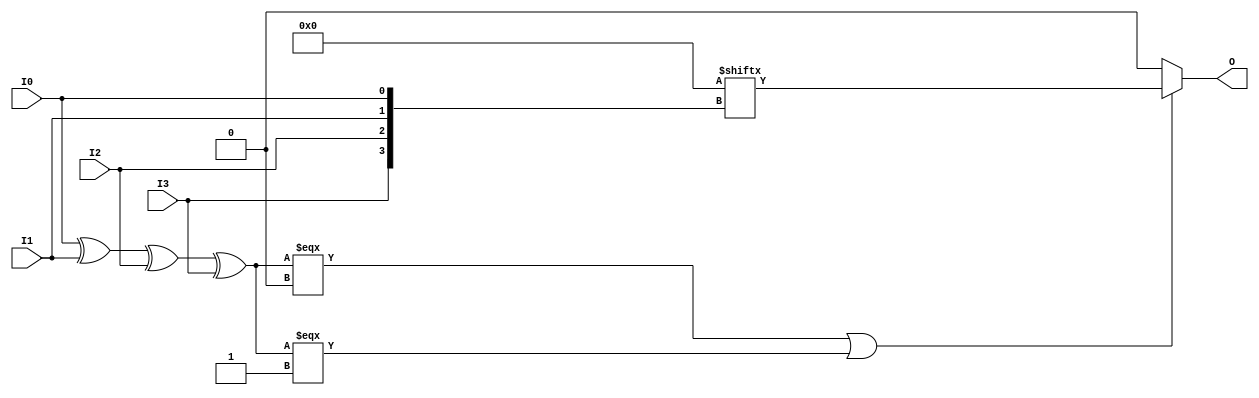
///////////////////////////////////////////////////////////////////////////////
// Copyright (c) 1995/2016 Xilinx, Inc.
// All Right Reserved.
///////////////////////////////////////////////////////////////////////////////
//   ____  ____
//  /   /\/   /
// /___/  \  /    Vendor      : Xilinx
// \   \   \/     Version     : 2017.1
//  \   \         Description : Xilinx Unified Simulation Library Component
//  /   /                  4-Bit Look-Up Table
// /___/   /\     Filename : LUT4.v
// \   \  /  \
//  \___\/\___\
//
///////////////////////////////////////////////////////////////////////////////
//  Revision:
//    03/23/04 - Initial version.
//    02/04/05 - Replace primitive with function; Remove buf.
//    03/11/05 - Add LOC Parameter
//    06/04/07 - Add wire declaration to internal signal.
//    12/13/11 - 524859 - Added `celldefine and `endcelldefine
//    09/12/16 - ANSI ports, speed improvements
//  End Revision:
///////////////////////////////////////////////////////////////////////////////

`timescale 1 ps/1 ps

`celldefine

module LUT4 #(
`ifdef XIL_TIMING
  parameter LOC = "UNPLACED",
`endif
  parameter [15:0] INIT = 16'h0000
)(
  output O,

  input I0,
  input I1,
  input I2,
  input I3
);

// define constants
  localparam MODULE_NAME = "LUT4";

  reg trig_attr = 1'b0;
// include dynamic registers - XILINX test only
`ifdef XIL_DR
  `include "LUT4_dr.v"
`else
  reg [15:0] INIT_REG = INIT;
`endif

// begin behavioral model

  reg O_out;

  assign O = O_out;

  function lut_mux4_f;
  input [3:0] d;
  input [1:0] s;
  begin
    if (((s[1]^s[0]) === 1'b1) || ((s[1]^s[0]) === 1'b0))
      lut_mux4_f = d[s];
    else if ( ~(|d) || &d)
      lut_mux4_f = d[0];
    else if (((s[0] === 1'b1) || (s[0] === 1'b0)) && (d[{1'b0,s[0]}] === d[{1'b1,s[0]}]))
      lut_mux4_f = d[{1'b0,s[0]}];
    else if (((s[1] === 1'b1) || (s[1] === 1'b0)) && (d[{s[1],1'b0}] === d[{s[1],1'b1}]))
      lut_mux4_f = d[{s[1],1'b0}];
    else
      lut_mux4_f = 1'bx;
  end
  endfunction

 always @(I0 or I1 or I2 or I3)  begin
   if ( (I0 ^ I1  ^ I2 ^ I3) === 1'b0 || (I0 ^ I1  ^ I2 ^ I3) === 1'b1)
    O_out = INIT_REG[{I3, I2, I1, I0}];
   else if ( ~(|INIT_REG) || &INIT_REG )
    O_out = INIT_REG[0];
   else
    O_out = lut_mux4_f ({lut_mux4_f (INIT_REG[15:12], {I1, I0}),
                     lut_mux4_f ( INIT_REG[11:8], {I1, I0}),
                     lut_mux4_f (  INIT_REG[7:4], {I1, I0}),
                     lut_mux4_f (  INIT_REG[3:0], {I1, I0})}, {I3, I2});
  end

// end behavioral model

`ifdef XIL_TIMING
  specify
	(I0 => O) = (0:0:0, 0:0:0);
	(I1 => O) = (0:0:0, 0:0:0);
	(I2 => O) = (0:0:0, 0:0:0);
	(I3 => O) = (0:0:0, 0:0:0);
	specparam PATHPULSE$ = 0;
  endspecify
`endif

endmodule

`endcelldefine